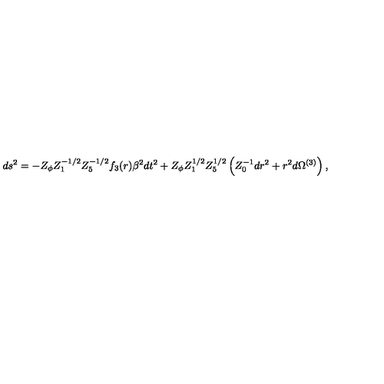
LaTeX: d s ^ { 2 } = - Z _ { \phi } Z _ { 1 } ^ { - 1 / 2 } Z _ { 5 } ^ { - 1 / 2 } f _ { 3 } ( r ) \beta ^ { 2 } d t ^ { 2 } + Z _ { \phi } Z _ { 1 } ^ { 1 / 2 } Z _ { 5 } ^ { 1 / 2 } \left( Z _ { 0 } ^ { - 1 } d r ^ { 2 } + r ^ { 2 } d \Omega ^ { ( 3 ) } \right) ,